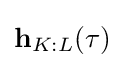
\mathbf {h} _{K:L}(\tau )